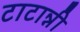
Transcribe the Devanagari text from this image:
टाटान्नी